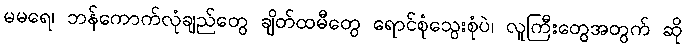
မမရေ၊ ဘန်ကောက်လုံချည်တွေ ချိတ်ထမီတွေ ရောင်စုံသွေးစုံပဲ၊ လူကြီးတွေအတွက် ဆို